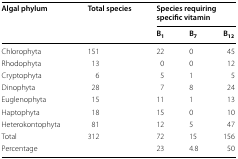
<table><thead><tr><td rowspan="2"><b>Algal phylum</b></td><td rowspan="2"><b>Total species</b></td><td colspan="3"><b>Species requiring specific vitamin</b></td></tr><tr><td><b>B<sub>1</sub></b></td><td><b>B<sub>7</sub></b></td><td><b>B<sub>12</sub></b></td></tr></thead><tbody><tr><td>Chlorophyta</td><td>151</td><td>22</td><td>0</td><td>45</td></tr><tr><td>Rhodophyta</td><td>13</td><td>0</td><td>0</td><td>12</td></tr><tr><td>Cryptophyta</td><td>6</td><td>5</td><td>1</td><td>5</td></tr><tr><td>Dinophyta</td><td>28</td><td>7</td><td>8</td><td>24</td></tr><tr><td>Euglenophyta</td><td>15</td><td>11</td><td>1</td><td>13</td></tr><tr><td>Haptophyta</td><td>18</td><td>15</td><td>0</td><td>10</td></tr><tr><td>Heterokontophyta</td><td>81</td><td>12</td><td>5</td><td>47</td></tr><tr><td>Total</td><td>312</td><td>72</td><td>15</td><td>156</td></tr><tr><td>Percentage</td><td></td><td>23</td><td>4.8</td><td>50</td></tr></tbody></table>